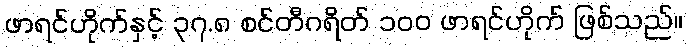
ဖာရင်ဟိုက်နှင့် ၃၇.၈ စင်တီဂရိတ် ၁၀၀ ဖာရင်ဟိုက် ဖြစ်သည်။